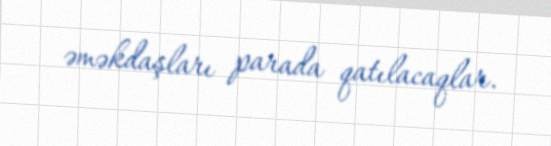
əməkdaşları parada qatılacaqlar.